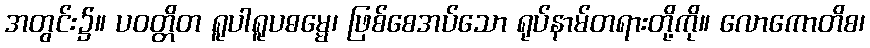
အတွင်း၌။ ပဝတ္တိတ ရူပါရူပဓမ္မေ၊ ဖြစ်စေအပ်သော ရုပ်နာမ်တရားတို့ကို။ လောကောတိစ၊